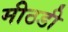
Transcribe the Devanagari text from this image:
मीठडी